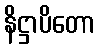
နိဋ္ဌာပိတော